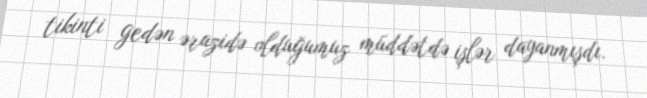
tikinti gedən ərazidə olduğumuz müddətdə işlər dayanmışdı.